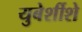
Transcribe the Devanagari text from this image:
युबेर्शीशे